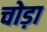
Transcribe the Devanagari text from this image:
चोड़ा